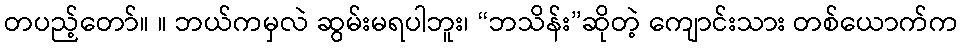
တပည့်တော်။ ။ ဘယ်ကမှလဲ ဆွမ်းမရပါဘူး၊ “ဘသိန်း”ဆိုတဲ့ ကျောင်းသား တစ်ယောက်က